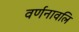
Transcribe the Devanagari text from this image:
वर्णनावलि